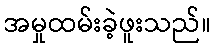
အမှုထမ်းခဲ့ဖူးသည်။